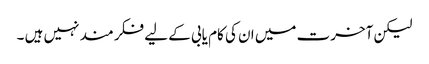
لیکن آخرت میں ان کی کام یابی کے لیے فکر مند نہیں ہیں ۔